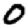
Digit: 0